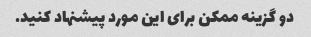
دو گزینه ممکن برای این مورد پیشنهاد کنید.